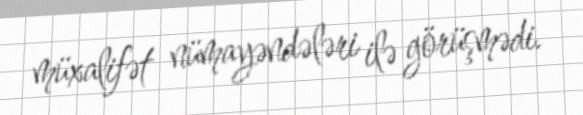
müxalifət nümayəndələri ilə görüşmədi.